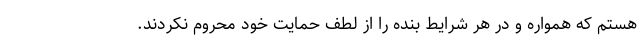
هستم که همواره و در هر شرایط بنده را از لطف حمایت خود محروم نکردند.